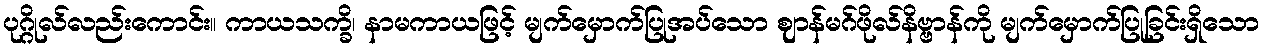
ပုဂ္ဂိုလ်လည်းကောင်း။ ကာယသက္ခိ၊ နာမကာယဖြင့် မျက်မှောက်ပြုအပ်သော ဈာန်မဂ်ဖိုလ်နိဗ္ဗာန်ကို မျက်မှောက်ပြုခြင်းရှိသော